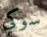
سوكي